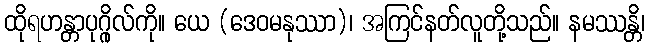
ထိုရဟန္တာပုဂ္ဂိုလ်ကို။ ယေ (ဒေဝမနုဿာ)၊ အကြင်နတ်လူတို့သည်။ နမဿန္တိ၊